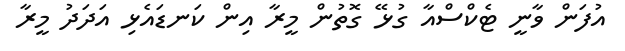
އުފަން ވާނީ ޓެކްސްއާ ގުޅޭ ގޮތުން މީރާ އިން ކަނޑައެޅި އަދަދު މީރާ